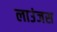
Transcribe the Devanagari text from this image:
लाउंजस